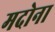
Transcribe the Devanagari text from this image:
मदोना